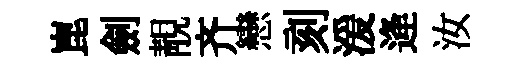
崑劍靚齐戀刻湲逄汝